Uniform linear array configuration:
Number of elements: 64
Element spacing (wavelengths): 1
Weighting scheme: blackman
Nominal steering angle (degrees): -30
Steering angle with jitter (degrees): -30.222
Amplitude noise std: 0.05
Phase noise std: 0.05

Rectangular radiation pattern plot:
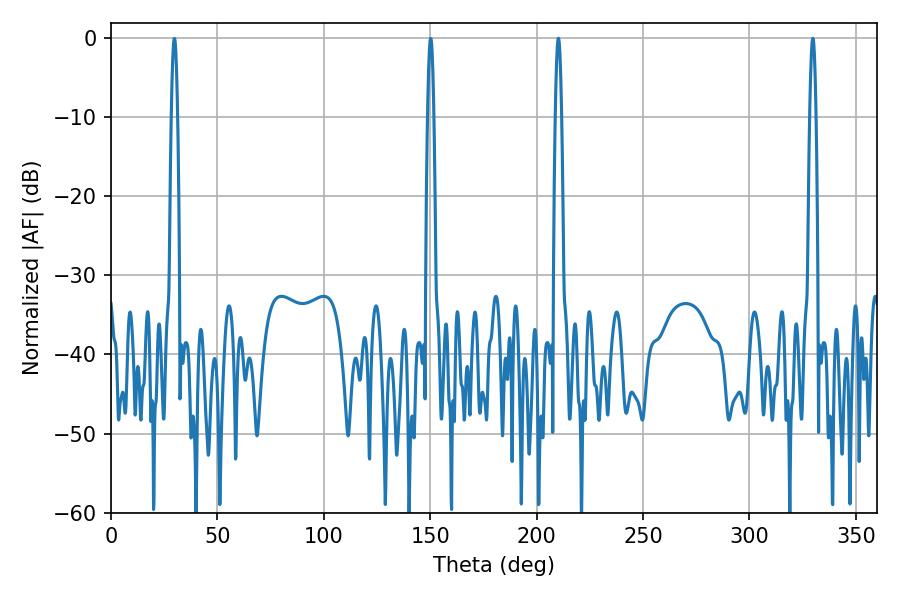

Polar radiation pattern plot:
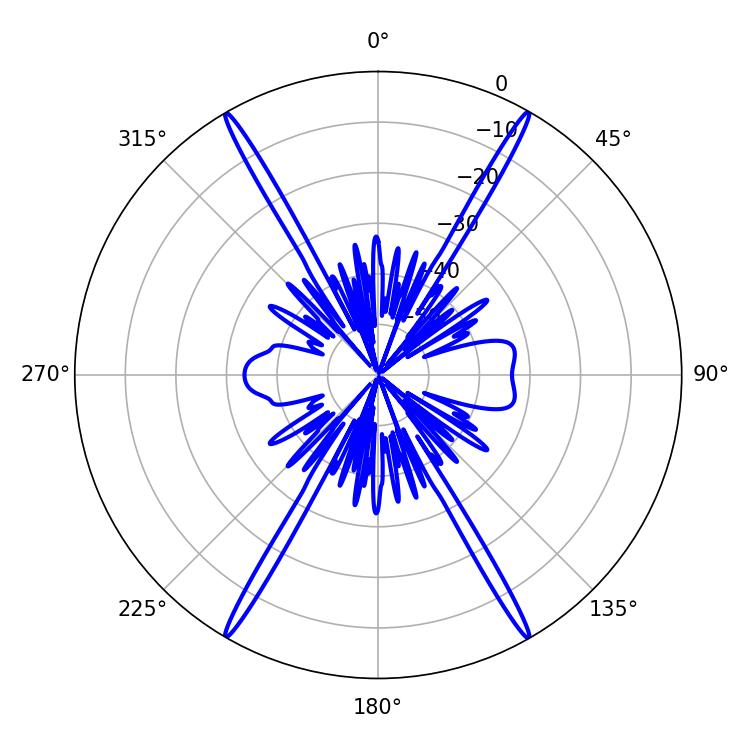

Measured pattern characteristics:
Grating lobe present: TRUE
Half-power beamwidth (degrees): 1.44
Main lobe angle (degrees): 210.24